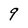
Character: 9